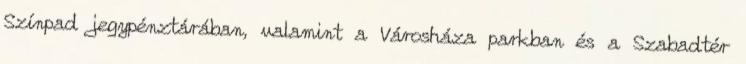
Színpad jegypénztárában, valamint a Városháza parkban és a Szabadtér